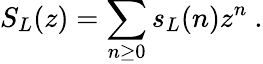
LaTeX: S_{L}(z)=\sum_{n\geq 0}s_{L}(n)z^{n}\ .